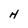
Character: H